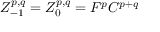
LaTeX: Z _ { - 1 } ^ { p , q } = Z _ { 0 } ^ { p , q } = F ^ { p } C ^ { p + q }